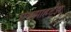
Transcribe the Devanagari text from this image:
एक्झाहर्ट्‌झ